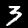
Digit: 3